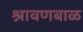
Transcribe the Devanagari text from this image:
श्रावणबाळ